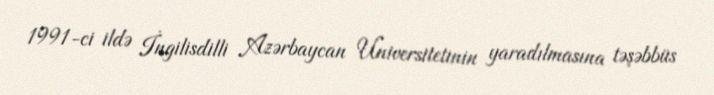
1991-ci ildə İngilisdilli Azərbaycan Universitetinin yaradılmasına təşəbbüs